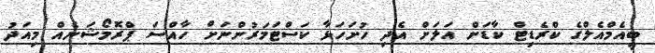
ބީއެމްއެލްގެ ކްރެޑިޓް ކާޑަށް އަލަށް އެދި ހުށަހަޅާ ކަސްޓަމަރުންނަށް ހާއްސަ ޕްރޮމޯޝަނެއް މިއަދު